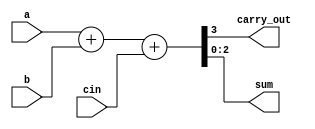
module adder(carry_out,sum,a,b,cin);
   input [2:0] a,b;
   input       cin;
   output      carry_out;
   output [2:0] sum;
   assign {carry_out,sum} = a+b+cin;
endmodule